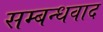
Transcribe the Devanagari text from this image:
सम्बन्धवाद